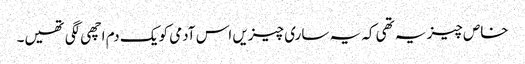
خاص چیز یہ تھی کہ یہ ساری چیزیں اس آدمی کو یک دم اچھی لگی تھیں۔